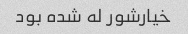
خیارشور له شده بود